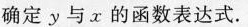
确定y与x的函数表达式。